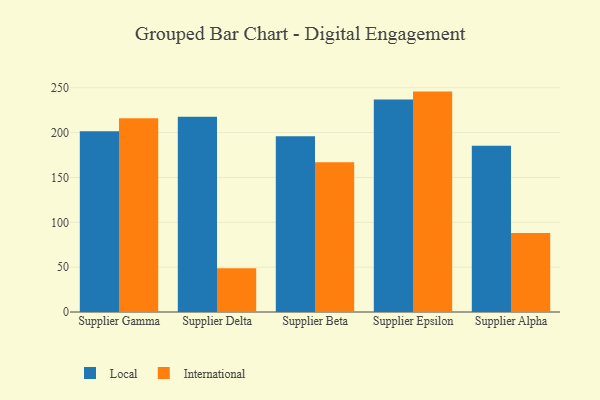
{"axis": {"x": "Supplier", "y": "Temperature (°C)"}, "legend": ["International", "Local"], "data": [{"x": "Supplier Gamma", "y": 201.5, "type": "Local"}, {"x": "Supplier Gamma", "y": 216.0, "type": "International"}, {"x": "Supplier Delta", "y": 217.8, "type": "Local"}, {"x": "Supplier Delta", "y": 48.9, "type": "International"}, {"x": "Supplier Beta", "y": 196.0, "type": "Local"}, {"x": "Supplier Beta", "y": 167.0, "type": "International"}, {"x": "Supplier Epsilon", "y": 236.9, "type": "Local"}, {"x": "Supplier Epsilon", "y": 245.7, "type": "International"}, {"x": "Supplier Alpha", "y": 185.2, "type": "Local"}, {"x": "Supplier Alpha", "y": 88.2, "type": "International"}]}